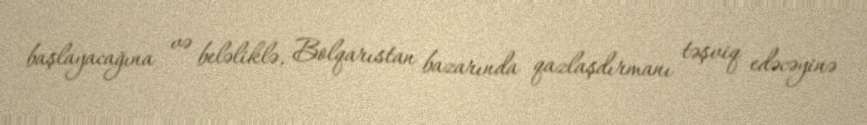
başlayacağına və beləliklə, Bolqarıstan bazarında qazlaşdırmanı təşviq edəcəyinə